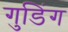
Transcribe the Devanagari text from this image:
गुडिंग